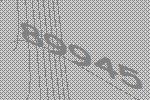
89945